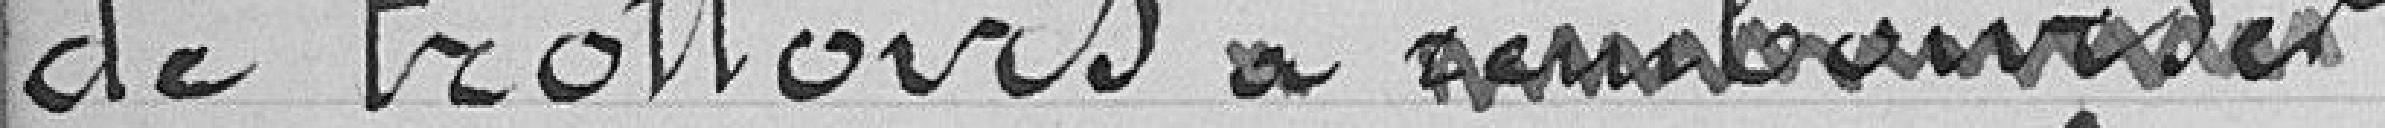
de trottoirs à rembourser